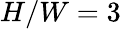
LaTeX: H/W=3